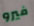
فيرو